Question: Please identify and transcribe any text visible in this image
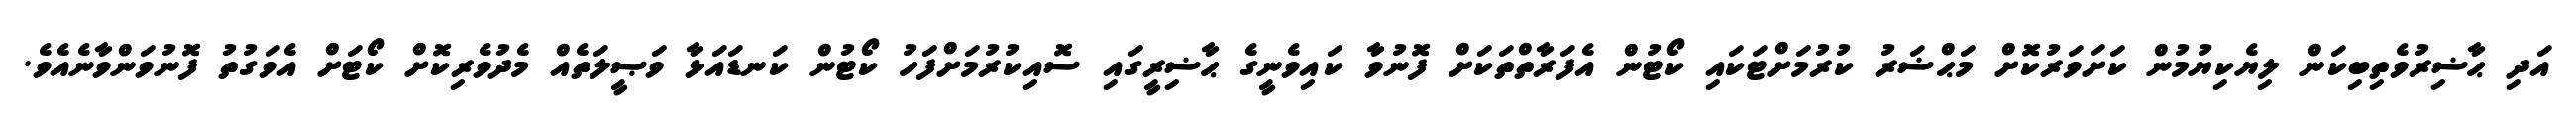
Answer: އަދި ޙާޟިރުވެތިބިކަން ލިޔެކިޔުމުން ކަށަވަރުކޮށް މަޙްޟަރު ކުރުމަށްޓަކައި ކޯޓުން އެފަރާތްތަކަށް ފޮނުވާ ކައިވެނީގެ ޙާޟިރީގައި ސޮއިކުރުމަށްފަހު ކޯޓުން ކަނޑައަޅާ ވަޞީލަތެއް މެދުވެރިކޮށް ކޯޓަށް އެވަގުތު ފޮނުވަންވާނެއެވެ.